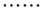
……